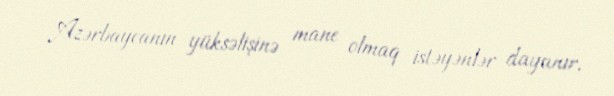
Azərbaycanın yüksəlişinə mane olmaq istəyənlər dayanır.